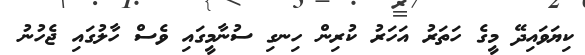
ކިޔަވައިދޭ މީގެ ހަތަރު އަހަރު ކުރިން ހިނގި ސުނާމީގައި ވެސް ހާލުގައި ޖެހުނު